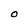
Character: O